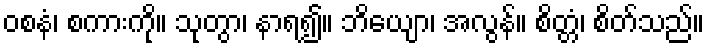
ဝစနံ၊ စကားကို။ သုတွာ၊ နာရ၍။ ဘိယျော၊ အလွန်။ စိတ္တံ၊ စိတ်သည်။